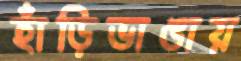
হাঁড়িভাঙায়